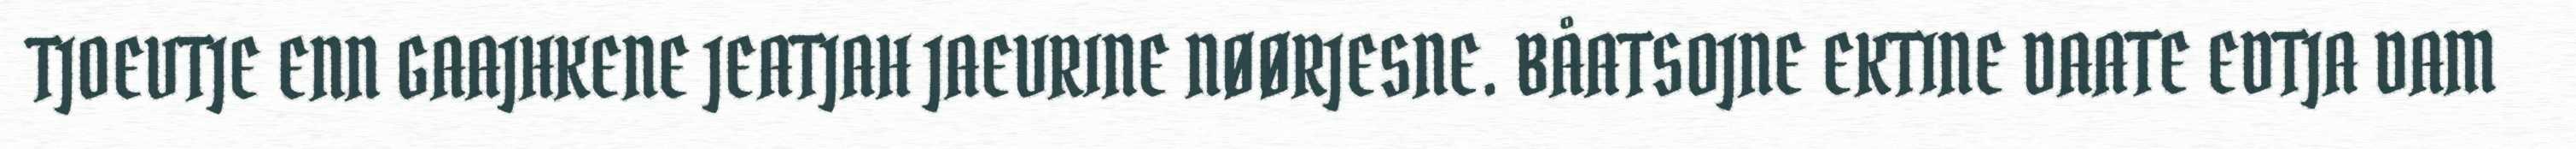
TJOEVTJE ENN GAAJHKENE JEATJAH JAEVRINE NØØRJESNE. BÅATSOJNE EKTINE DAATE EDTJA DAM